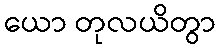
ယော တုလယိတွာ